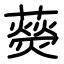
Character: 藀